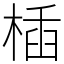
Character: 㮑